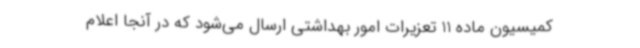
کمیسیون ماده 11 تعزیرات امور بهداشتی ارسال می‌شود که در آنجا اعلام